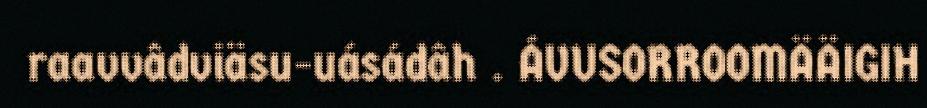
raavvâdviäsu-uásádâh . ÁVUSORROOMÄÄIGIH